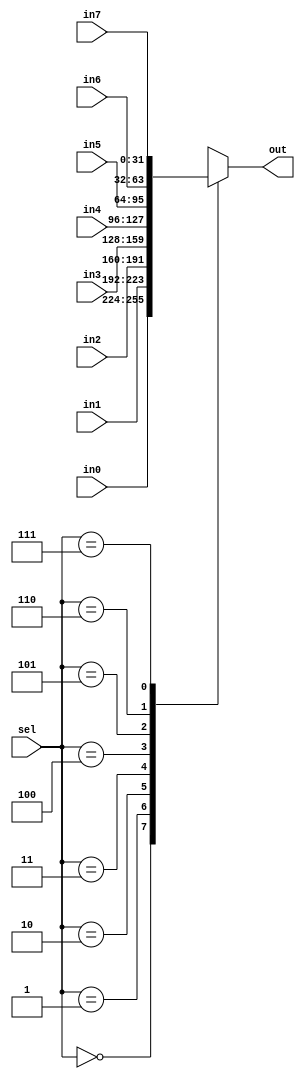
`timescale 1ns / 1ps
//////////////////////////////////////////////////////////////////////////////////
// Company: 
// Engineer: 
// 
// Design Name: 
// Module Name:    MUX8 
// Project Name: 
// Target Devices: 
// Tool versions: 
// Description: 
//
// Dependencies: 
//
// Revision: 
// Revision 0.01 - File Created
// Additional Comments: 
//
//////////////////////////////////////////////////////////////////////////////////
module MUX8#(parameter width=32)(
	input [2:0] sel,
	input [width-1:0] in0,in1,in2,in3,in4,in5,in6,in7,
	output reg [width-1:0] out
    );

	always@(*)begin
		case(sel)
			0: out<=in0;
			1: out<=in1;
			2: out<=in2;
			3: out<=in3;
			4: out<=in4;
			5: out<=in5;
			6: out<=in6;
			7: out<=in7;
		endcase
	end

endmodule